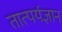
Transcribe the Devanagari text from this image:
तात्पर्यज्ञान